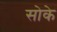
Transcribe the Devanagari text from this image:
सोके